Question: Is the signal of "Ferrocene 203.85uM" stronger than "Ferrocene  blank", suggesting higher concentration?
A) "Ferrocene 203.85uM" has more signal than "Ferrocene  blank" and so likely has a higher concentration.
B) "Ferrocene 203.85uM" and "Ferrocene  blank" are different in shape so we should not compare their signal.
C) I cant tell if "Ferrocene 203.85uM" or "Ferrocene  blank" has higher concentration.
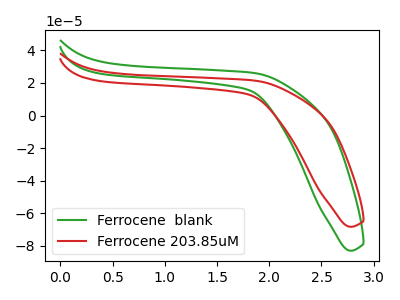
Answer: <think>The green curve "Ferrocene  blank" has no peaks. The red curve "Ferrocene 203.85uM" has no peaks.
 Neither "Ferrocene 203.85uM" or "Ferrocene  blank" have any peaks.</think>
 <answer>C) I cant tell if "Ferrocene 203.85uM" or "Ferrocene  blank" has higher concentration.</answer>
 <eval>C</eval>